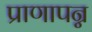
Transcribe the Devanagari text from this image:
प्राणापन्न